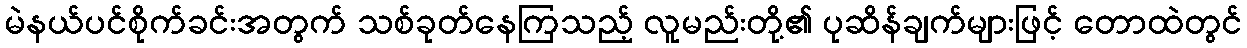
မဲနယ်ပင်စိုက်ခင်းအတွက် သစ်ခုတ်နေကြသည့် လူမည်းတို့၏ ပုဆိန်ချက်များဖြင့် တောထဲတွင်